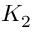
K _ { 2 }